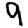
Digit: 9